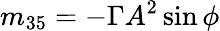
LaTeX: m_{35}=-\Gamma A^{2}\sin\phi